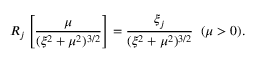
R _ { j } \left[ \frac { \mu } { ( \xi ^ { 2 } + \mu ^ { 2 } ) ^ { 3 / 2 } } \right] = \frac { \xi _ { j } } { ( \xi ^ { 2 } + \mu ^ { 2 } ) ^ { 3 / 2 } } \; \; ( \mu > 0 ) .